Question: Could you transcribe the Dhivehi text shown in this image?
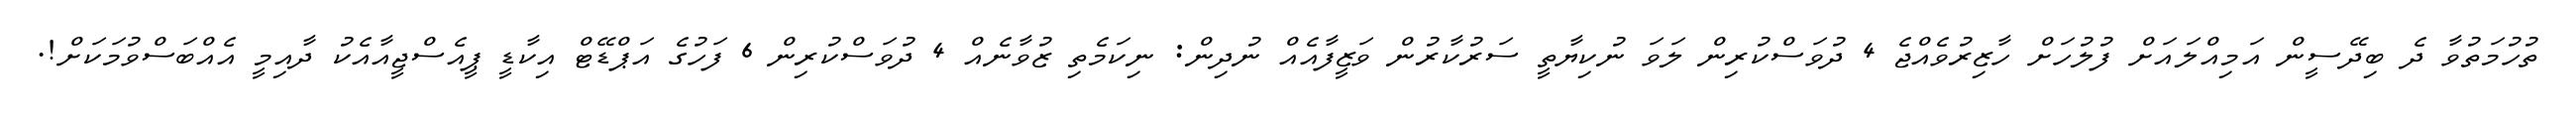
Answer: ތުހުމަތުވާ ދެ ބިދޭސީން އަމިއްލައަށް ފުލުހަށް ހާޒިރުވެއްޖެ 4 ދުވަސްކުރިން ލަވަ ނުކިޔާތީ ސަރުކާރުން ވަޒީފާއެއް ނުދިން: ނިކަމެތި ޒުވާނެއް 4 ދުވަސްކުރިން 6 ފަހުގެ އަޕްޑޭޓް އިކާޑީ ޕީއެސްޖީއާއެކު ދާއިމީ އެއްބަސްވުމަކަށް!.